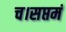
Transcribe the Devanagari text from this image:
च।सप्तमं